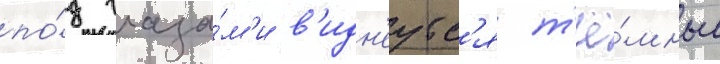
по́д глаза́м'и в'идн'еутс'я т'ё́мные